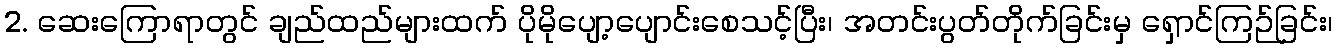
2. ဆေးကြောရာတွင် ချည်ထည်များထက် ပိုမိုပျော့ပျောင်းစေသင့်ပြီး၊ အတင်းပွတ်တိုက်ခြင်းမှ ရှောင်ကြဉ်ခြင်း၊